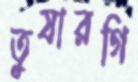
তুষারগি